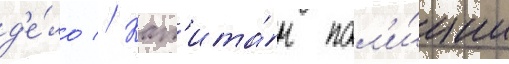
д'е́ло // Кап'ита́н пол'и́ции